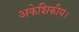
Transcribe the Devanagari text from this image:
अकेशिकीय।